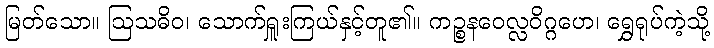
မြတ်သော။ ဩသဓိဝ၊ သောက်ရှူးကြယ်နှင့်တူ၏။ ကဉ္စနဝေလ္လဝိဂ္ဂဟေ၊ ရွှေရုပ်ကဲ့သို့